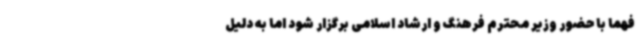
فهما با حضور وزیر محترم فرهنگ و ارشاد اسلامی برگزار شود اما به دلیل